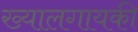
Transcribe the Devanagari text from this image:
ख्यालगायकी